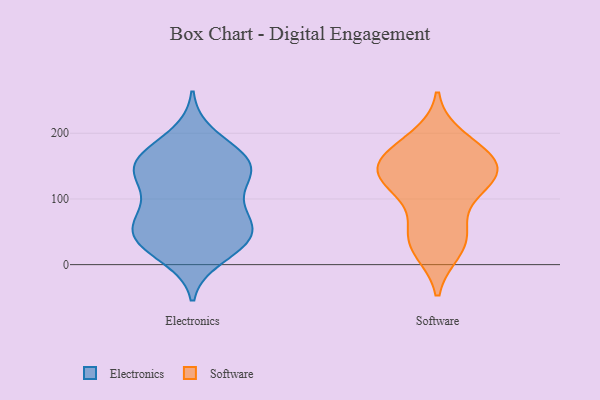
{"axis": {"x": "Humidity (%)", "y": "Value"}, "legend": ["Electronics", "Software"], "data": [{"x": "", "y": 12, "type": "Electronics"}, {"x": "", "y": 161, "type": "Electronics"}, {"x": "", "y": 151, "type": "Electronics"}, {"x": "", "y": 80, "type": "Electronics"}, {"x": "", "y": 170, "type": "Electronics"}, {"x": "", "y": 61, "type": "Electronics"}, {"x": "", "y": 58, "type": "Electronics"}, {"x": "", "y": 28, "type": "Electronics"}, {"x": "", "y": 197, "type": "Electronics"}, {"x": "", "y": 109, "type": "Electronics"}, {"x": "", "y": 78, "type": "Electronics"}, {"x": "", "y": 161, "type": "Electronics"}, {"x": "", "y": 40, "type": "Electronics"}, {"x": "", "y": 144, "type": "Electronics"}, {"x": "", "y": 149, "type": "Electronics"}, {"x": "", "y": 136, "type": "Electronics"}, {"x": "", "y": 41, "type": "Electronics"}, {"x": "", "y": 124, "type": "Electronics"}, {"x": "", "y": 28, "type": "Electronics"}, {"x": "", "y": 55, "type": "Electronics"}, {"x": "", "y": 28, "type": "Software"}, {"x": "", "y": 116, "type": "Software"}, {"x": "", "y": 176, "type": "Software"}, {"x": "", "y": 138, "type": "Software"}, {"x": "", "y": 53, "type": "Software"}, {"x": "", "y": 48, "type": "Software"}, {"x": "", "y": 23, "type": "Software"}, {"x": "", "y": 153, "type": "Software"}, {"x": "", "y": 128, "type": "Software"}, {"x": "", "y": 192, "type": "Software"}, {"x": "", "y": 118, "type": "Software"}, {"x": "", "y": 156, "type": "Software"}, {"x": "", "y": 140, "type": "Software"}, {"x": "", "y": 164, "type": "Software"}]}